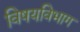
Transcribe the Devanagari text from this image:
विषयविभाग